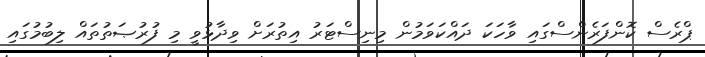
ޕްރެސް ކޮންފަރެންސްގައި ވާހަކަ ދައްކަވަމުން މިނިސްޓަރު އިތުރަށް ވިދާޅުވީ މި ފުރުޞަތުތައް ލިބުމުގައި